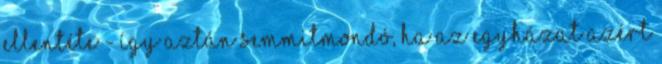
ellentéte - így aztán semmitmondó, ha az Egyházat azért